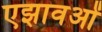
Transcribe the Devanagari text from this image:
एझावओं